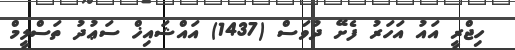
ހިޖްރީ އައު އަހަރު ފެށޭ ދުވަސް (1437) އައްޝައިޚް ސަޢުދު ތަސްލީމް